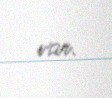
var.